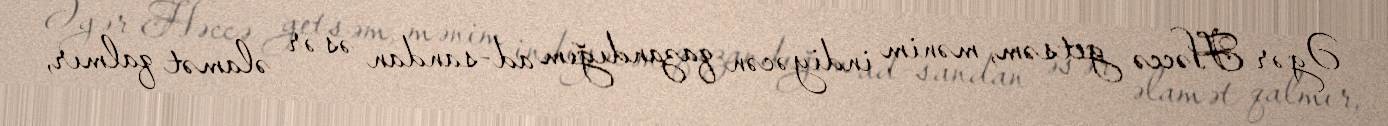
Əgər Həccə getsəm, mənim indiyəcən qazandığım ad-sandan əsər əlamət qalmır,